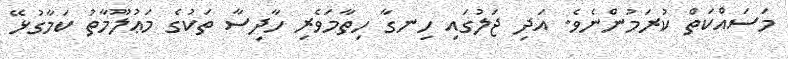
މަސައްކަތް ކުރަމުންނެވެ. އަދި ޖަލުގައި ހިނގާ ހިތާމަވެރި ހާދިސާ ތަކުގެ މަޢުލޫމާތު ކަމާގުޅޭ